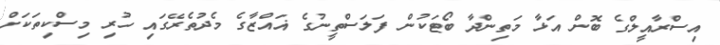
އިސްރާއީލްގެ ބޮން އަޅާ މަތިންދާ ބޯޓަކުން ފަލަސްތީނުގެ ޣައްޒާގެ މެދުތެރޭގައި ހުރި މިސްކިތަކަށް